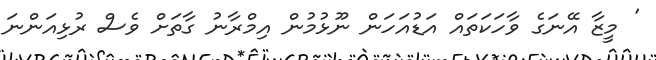
' މީޒާ އޭނަގެ ވާހަކަތައް އަޑުއަހަން ނޫޅުމުން އިމްރާނު ގާތަށް ވެސް ރުޅިއަންނަ